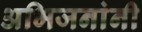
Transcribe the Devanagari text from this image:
अभिजनांनी